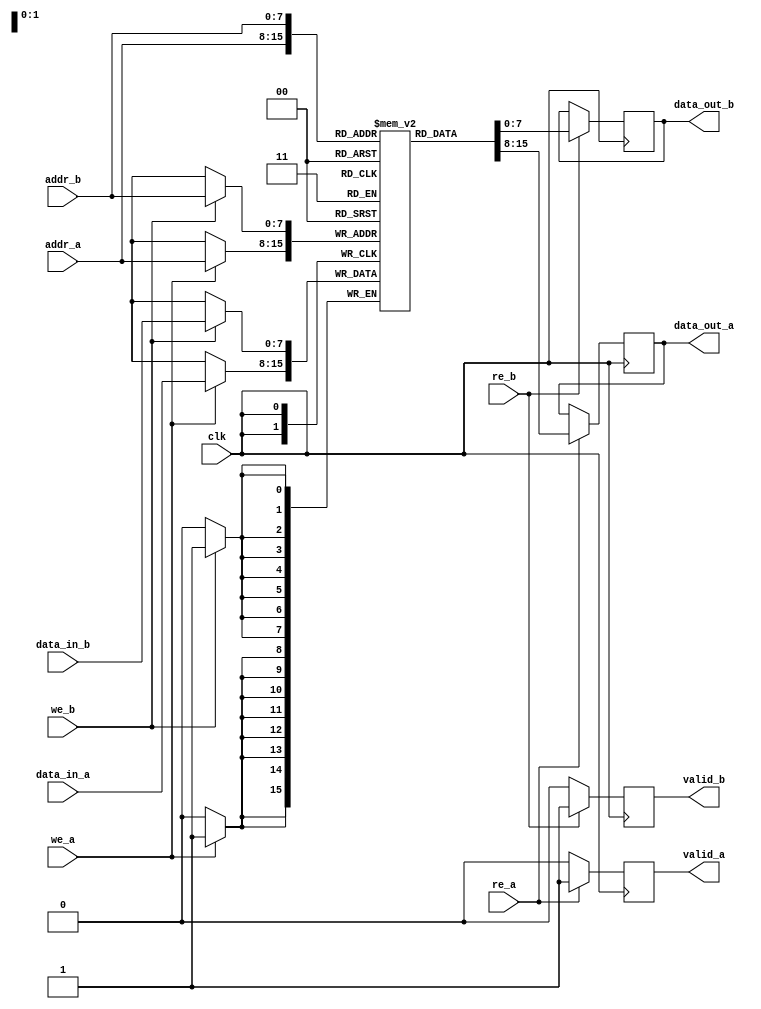
module MPSRAM #(
    parameter DATA_WIDTH = 8,  // Width of data bus
    parameter ADDR_WIDTH = 8    // Width of address bus
)(
    input wire clk,                     // Clock signal
    input wire [ADDR_WIDTH-1:0] addr_a, // Address for Port A
    input wire [DATA_WIDTH-1:0] data_in_a, // Data input for Port A
    input wire we_a,                   // Write enable for Port A
    input wire re_a,                   // Read enable for Port A
    output reg [DATA_WIDTH-1:0] data_out_a, // Data output for Port A
    output reg valid_a,                // Data valid signal for Port A

    input wire [ADDR_WIDTH-1:0] addr_b, // Address for Port B
    input wire [DATA_WIDTH-1:0] data_in_b, // Data input for Port B
    input wire we_b,                   // Write enable for Port B
    input wire re_b,                   // Read enable for Port B
    output reg [DATA_WIDTH-1:0] data_out_b, // Data output for Port B
    output reg valid_b                 // Data valid signal for Port B
);

    // Memory array
    reg [DATA_WIDTH-1:0] mem_array [(2**ADDR_WIDTH)-1:0];

    // Port A operations
    always @(posedge clk) begin
        if (we_a) begin
            mem_array[addr_a] <= data_in_a; // Write operation
        end
        if (re_a) begin
            data_out_a <= mem_array[addr_a]; // Read operation
            valid_a <= 1'b1;                 // Indicate valid data
        end else begin
            valid_a <= 1'b0;                 // No valid data
        end
    end

    // Port B operations
    always @(posedge clk) begin
        if (we_b) begin
            mem_array[addr_b] <= data_in_b; // Write operation
        end
        if (re_b) begin
            data_out_b <= mem_array[addr_b]; // Read operation
            valid_b <= 1'b1;                 // Indicate valid data
        end else begin
            valid_b <= 1'b0;                 // No valid data
        end
    end

endmodule